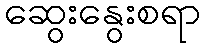
ဆွေးနွေးစရာ